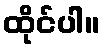
ထိုင်ပါ။